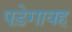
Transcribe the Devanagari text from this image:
पड़ेगायह